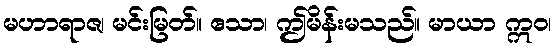
မဟာရာဇ၊ မင်းမြတ်။ ဧသာ၊ ဤမိန်းမသည်။ မာယာ ဣဝ၊